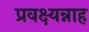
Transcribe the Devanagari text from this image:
प्रवक्ष्यन्नाह